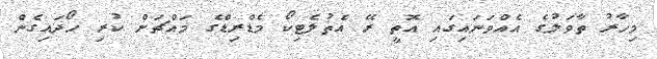
މިހާރު ތާވަލުގެ އެއްވަނައިގައި އޮތީ ރޭ އެތުލެޓިކޯ މެޑްރިޑްގެ މައްޗަށް ކުރި ހޯދައިގެން